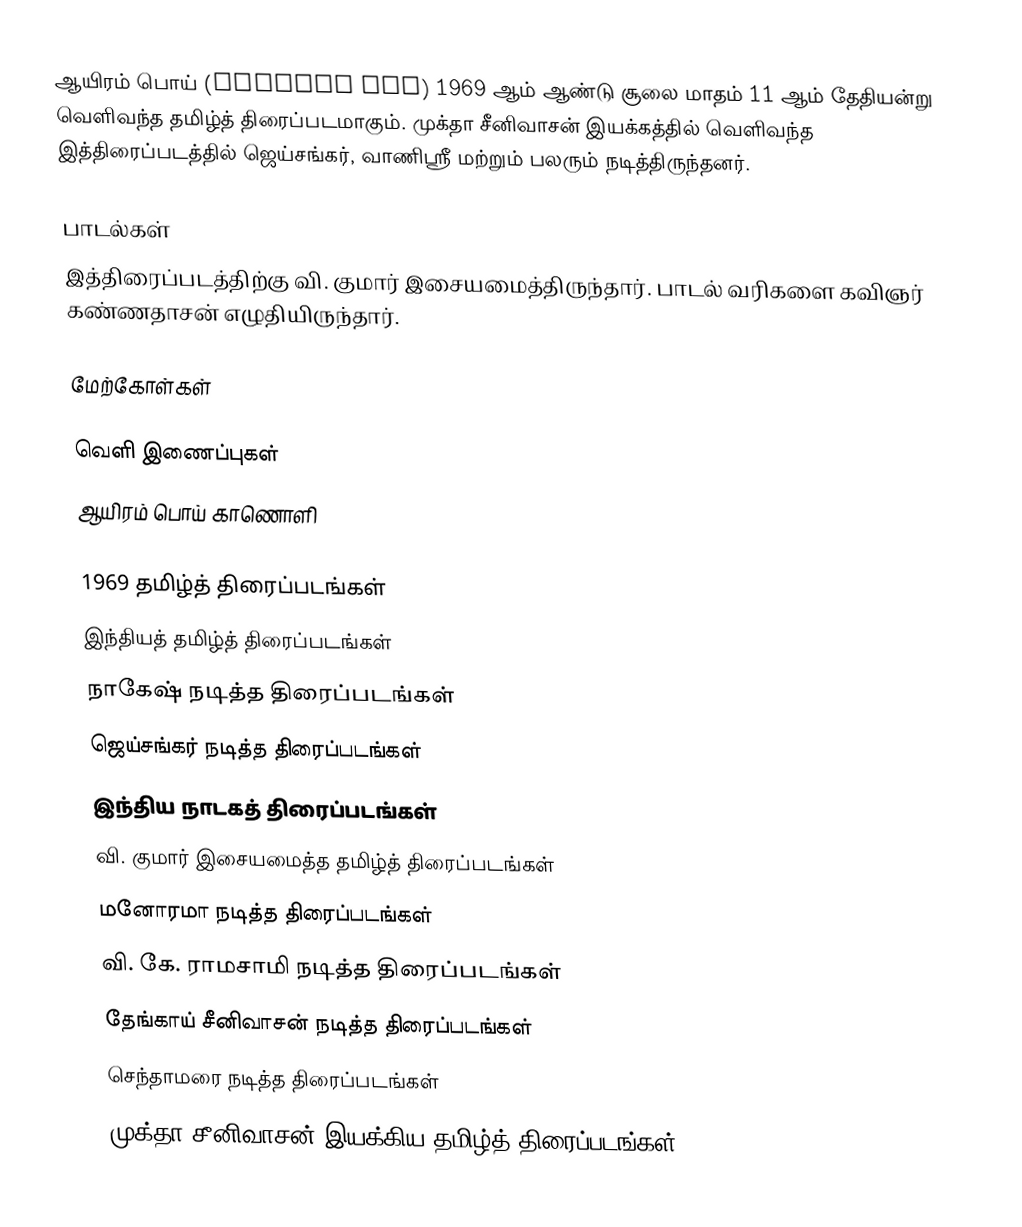
ஆயிரம் பொய் (Aayiram Poi) 1969 ஆம் ஆண்டு சூலை மாதம் 11 ஆம் தேதியன்று வெளிவந்த தமிழ்த் திரைப்படமாகும். முக்தா சீனிவாசன் இயக்கத்தில் வெளிவந்த இத்திரைப்படத்தில் ஜெய்சங்கர், வாணிஸ்ரீ மற்றும் பலரும் நடித்திருந்தனர்.

பாடல்கள்
இத்திரைப்படத்திற்கு வி. குமார் இசையமைத்திருந்தார். பாடல் வரிகளை கவிஞர் கண்ணதாசன் எழுதியிருந்தார்.

மேற்கோள்கள்

வெளி இணைப்புகள்
 ஆயிரம் பொய் காணொளி

1969 தமிழ்த் திரைப்படங்கள்
இந்தியத் தமிழ்த் திரைப்படங்கள்
நாகேஷ் நடித்த திரைப்படங்கள்
ஜெய்சங்கர் நடித்த திரைப்படங்கள்
இந்திய நாடகத் திரைப்படங்கள்
வி. குமார் இசையமைத்த தமிழ்த் திரைப்படங்கள்
மனோரமா நடித்த திரைப்படங்கள்
வி. கே. ராமசாமி நடித்த திரைப்படங்கள்
தேங்காய் சீனிவாசன் நடித்த திரைப்படங்கள்
செந்தாமரை நடித்த திரைப்படங்கள்
முக்தா சீனிவாசன் இயக்கிய தமிழ்த் திரைப்படங்கள்